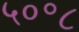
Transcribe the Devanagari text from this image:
५०॰८